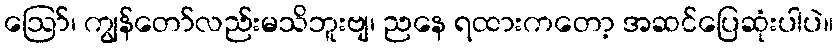
ဪ၊ ကျွန်တော်လည်းမသိဘူးဗျ၊ ညနေ ရထားကတော့ အဆင်ပြေဆုံးပါပဲ။